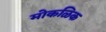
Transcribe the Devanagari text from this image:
मोकळिक